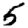
Digit: 5